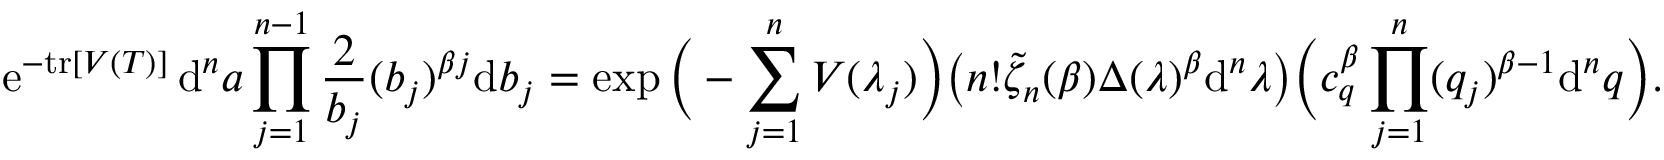
\mathrm { e } ^ { - \mathrm { t r } [ V ( T ) ] } \, \mathrm { d } ^ { n } a \prod _ { j = 1 } ^ { n - 1 } \frac { 2 } { b _ { j } } ( b _ { j } ) ^ { \beta j } \mathrm { d } b _ { j } = \exp \Big ( - \sum _ { j = 1 } ^ { n } V ( \lambda _ { j } ) \Big ) \big ( n ! \tilde { \zeta } _ { n } ( \beta ) \Delta ( \lambda ) ^ { \beta } \mathrm { d } ^ { n } \lambda \big ) \Big ( c _ { q } ^ { \beta } \prod _ { j = 1 } ^ { n } ( q _ { j } ) ^ { \beta - 1 } \mathrm { d } ^ { n } q \Big ) .